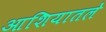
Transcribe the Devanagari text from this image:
आशियातले